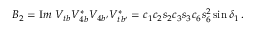
B _ { 2 } = { \mathrm I m } \; V _ { t b } V _ { 4 b } ^ { * } V _ { 4 b ^ { \prime } } V _ { t b ^ { \prime } } ^ { * } = c _ { 1 } c _ { 2 } s _ { 2 } c _ { 3 } s _ { 3 } c _ { 6 } s _ { 6 } ^ { 2 } \sin \delta _ { 1 } \, .